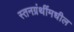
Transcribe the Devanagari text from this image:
स्तनग्रंथींमधील